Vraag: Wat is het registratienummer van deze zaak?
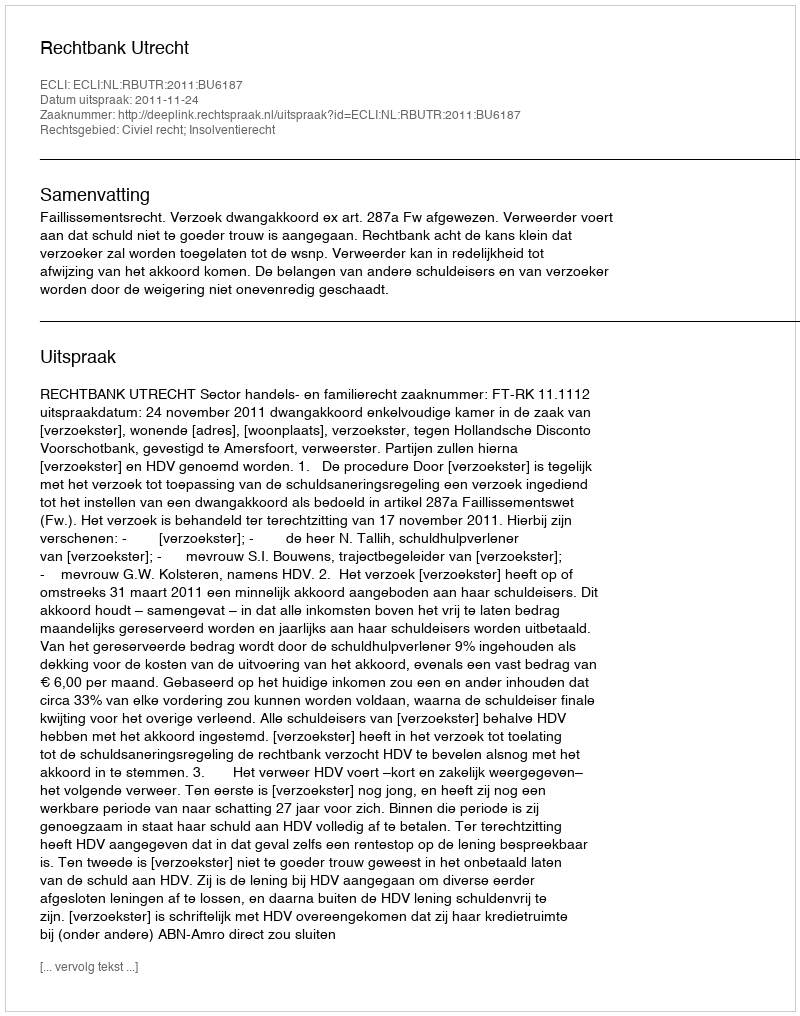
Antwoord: http://deeplink.rechtspraak.nl/uitspraak?id=ECLI:NL:RBUTR:2011:BU6187